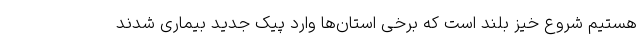
هستیم شروع خیز بلند است که برخی استان‌ها وارد پیک جدید بیماری شدند